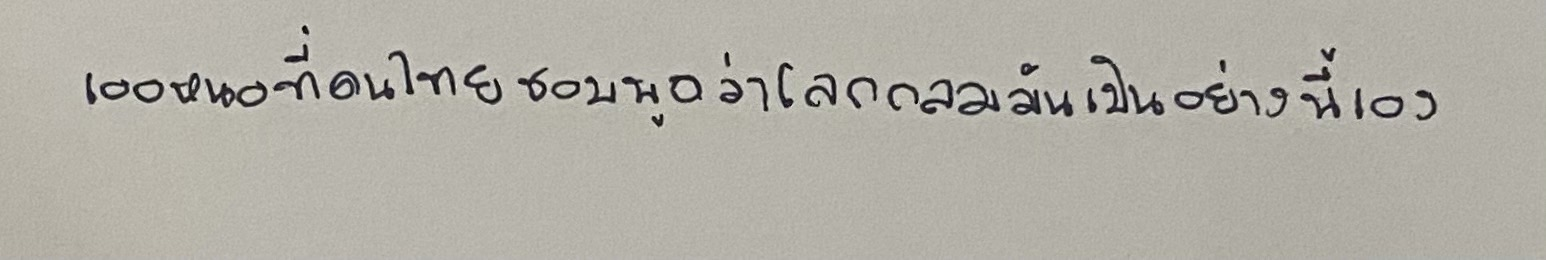
เออหนอที่คนไทยชอบพูดว่าโลกกลมมันเป็นอย่างนี้เอง